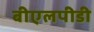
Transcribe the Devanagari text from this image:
बीएलपीडी